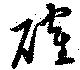
確